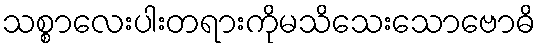
သစ္စာလေးပါးတရားကိုမသိသေးသောဗောဓိ